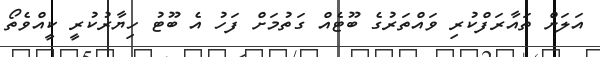
އަލަށް ތައާރަފްކުރި ވައްތަރުގެ ބޫޓެއް ގަތުމަށް ފަހު އެ ބޫޓު ހިޔާރުކުރީ ކީއްވެތޯ